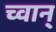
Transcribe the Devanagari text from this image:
च्वान्